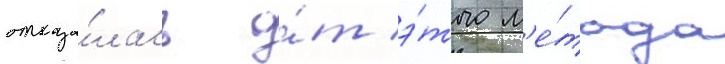
отказа́лась о́т э́того м'е́тода